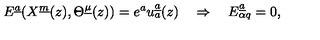
E ^ { \underline { a } } ( X ^ { \underline { m } } ( z ) , \Theta ^ { \underline { \mu } } ( z ) ) = e ^ { a } u _ { a } ^ { \underline { a } } ( z ) \quad \Rightarrow \quad E _ { \alpha q } ^ { \underline { a } } = 0 ,